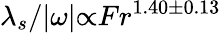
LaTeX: \lambda_{s}/{\vert}\omega{\vert}{\propto}Fr^{1.40{\pm}0.13}